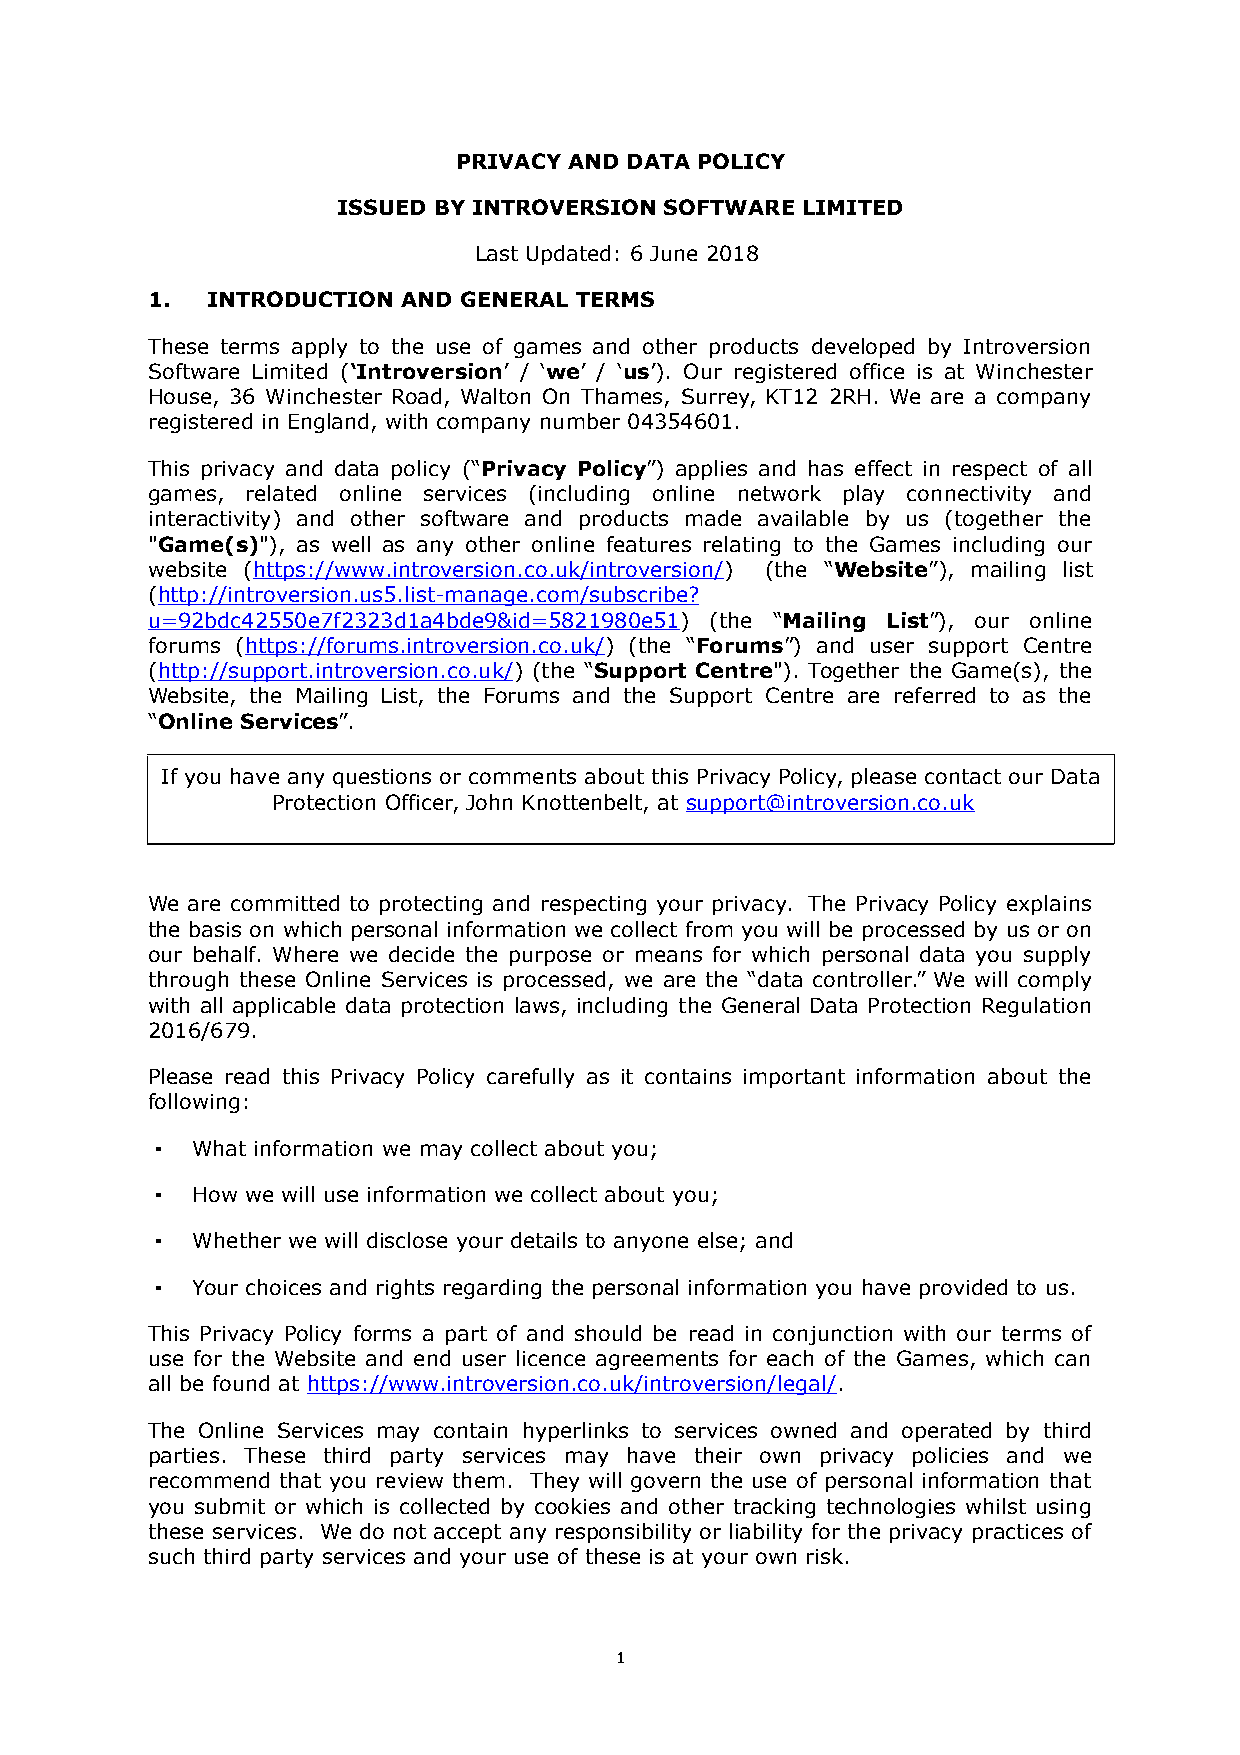
PRIVACY AND DATA POLICY
 ISSUED BY INTROVERSION SOFTWARE LIMITED
 Last Updated: 6 June 2018
 1.  INTRODUCTION AND GENERAL TERMS
 These terms apply to the use of games and other products developed by Introversion
 Software Limited (‘Introversion’ / ‘we’ / ‘us’). Our registered office is at Winchester
 House, 36 Winchester Road, Walton On Thames, Surrey, KT12 2RH. We are a company
 registered in England, with company number 04354601.
 This privacy and data policy (“Privacy Policy”) applies and has effect in respect of all
 games, related online services (including online network play connectivity and
 interactivity) and other software and products made available by us (together the
 "Game(s)"), as well as any other online features relating to the Games including our
 website (https://www.introversion.co.uk/introversion/) (the “Website”), mailing list
 (http://introversion.us5.list-manage.com/subscribe?
 u=92bdc42550e7f2323d1a4bde9&id=5821980e51) (the “Mailing List”), our online
 forums (https://forums.introversion.co.uk/) (the “Forums”) and user support Centre
 (http://support.introversion.co.uk/) (the “Support Centre"). Together the Game(s), the
 Website, the Mailing List, the Forums and the Support Centre are referred to as the
 “Online Services”.
 If you have any questions or comments about this Privacy Policy, please contact our Data
 Protection Officer, John Knottenbelt, at support@introversion.co.uk
 We are committed to protecting and respecting your privacy. The Privacy Policy explains
 the basis on which personal information we collect from you will be processed by us or on
 our behalf. Where we decide the purpose or means for which personal data you supply
 through these Online Services is processed, we are the “data controller.” We will comply
 with all applicable data protection laws, including the General Data Protection Regulation
 2016/679.
 Please read this Privacy Policy carefully as it contains important information about the
 following:
 ▪  What information we may collect about you;
 ▪  How we will use information we collect about you;
 ▪  Whether we will disclose your details to anyone else; and
 ▪  Your choices and rights regarding the personal information you have provided to us.
 This Privacy Policy forms a part of and should be read in conjunction with our terms of
 use for the Website and end user licence agreements for each of the Games, which can
 all be found at https://www.introversion.co.uk/introversion/legal/.
 The Online Services may contain hyperlinks to services owned and operated by third
 parties. These third party services may have their own privacy policies and we
 recommend that you review them. They will govern the use of personal information that
 you submit or which is collected by cookies and other tracking technologies whilst using
 these services. We do not accept any responsibility or liability for the privacy practices of
 such third party services and your use of these is at your own risk.
 1